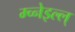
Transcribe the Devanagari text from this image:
म्च्नेइल्ल्